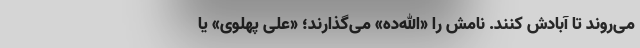
می‌روند تا آبادش کنند. نامش را «الله‌ده» می‌گذارند؛ «علی پهلوی» یا